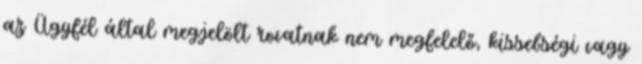
az Ügyfél által megjelölt rovatnak nem megfelelő, kissebségi vagy